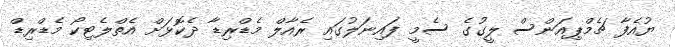
ޔުއެފާ ޗެމްޕިއަންސް ލީގުގެ ސެމީ ފައިނަލުގައި ރެއާލް މެޑްރިޑާ ދެކޮޅަށް އެތްލެޓިކޯ މެޑްރިޑް